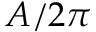
A / 2 \pi